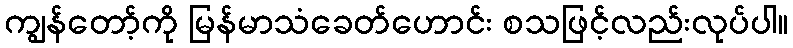
ကျွန်တော့်ကို မြန်မာသံခေတ်ဟောင်း စသဖြင့်လည်းလုပ်ပါ။